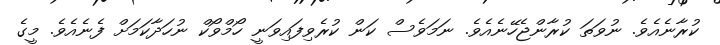
ކުރާނެއެވެ. ނުވަތަ ކުރާންޖެހޭނެއެވެ. ނަމަވެސް ކަން ކުރެވިފައިވަނީ ހޯމްވޯކް ނުހަދާކަމަށް ފެނެއެވެ. މީގެ